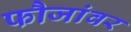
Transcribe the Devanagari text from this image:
फौजांवर